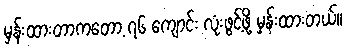
မှန်းထားတာကတော့ ၇၆ ကျောင်း လုံးဖွင့်ဖို့ မှန်းထားတယ်။